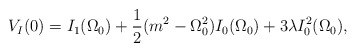
\begin{align*}V_{I}(0)=I_{1}(\Omega_{0})+\frac{1}{2}(m^2-\Omega_{0}^2)I_{0}(\Omega_{0})+3\lambda I_{0}^2(\Omega_{0}),\end{align*}